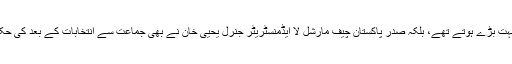
نہ صرف یہ کہ جماعت کے انتخابی جلسے بہت بڑے ہوتے تھے، بلکہ صدر پاکستان چیف مارشل لا ایڈمنسٹریٹر جنرل یحیی خان نے بھی جماعت سے انتخابات کے بعد کی حکومت کے معاملات پر بات چیت کر لی تھی۔